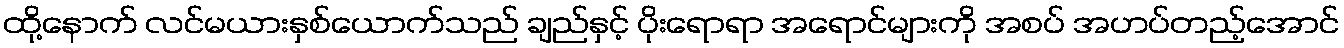
ထို့နောက် လင်မယားနှစ်ယောက်သည် ချည်နှင့် ပိုးရောရာ အရောင်များကို အစပ် အဟပ်တည့်အောင်